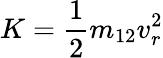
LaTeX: K=\frac{1}{2}m_{12}v_{r}^{2}